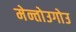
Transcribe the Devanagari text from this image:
मेन्तोउगोउ